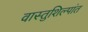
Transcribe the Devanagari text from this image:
वास्तुशिल्पांत